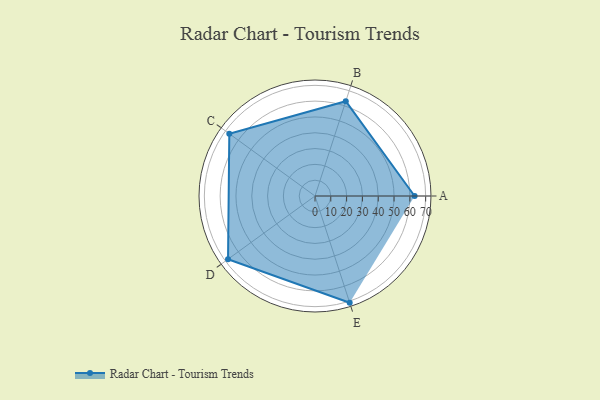
{"axis": {"x": "Skill", "y": "Score"}, "legend": ["Profile"], "data": [{"x": "A", "y": 63.0, "type": "Profile"}, {"x": "B", "y": 63.0, "type": "Profile"}, {"x": "C", "y": 67.0, "type": "Profile"}, {"x": "D", "y": 68.0, "type": "Profile"}, {"x": "E", "y": 71.0, "type": "Profile"}]}